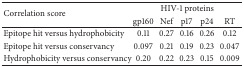
<table><thead><tr><td rowspan="2"><b>Correlation score</b></td><td colspan="5"><b>HIV-1 proteins</b></td></tr><tr><td><b>gp160</b></td><td><b>Nef</b></td><td><b>p17</b></td><td><b>p24</b></td><td><b>RT</b></td></tr></thead><tbody><tr><td>Epitope hit versus hydrophobicity </td><td>0.11</td><td>0.27</td><td>0.16</td><td>0.26</td><td>0.12</td></tr><tr><td>Epitope hit versus conservancy </td><td>0.097</td><td>0.21</td><td>0.19</td><td>0.23</td><td>0.047</td></tr><tr><td>Hydrophobicity versus conservancy</td><td>0.20</td><td>0.22</td><td>0.23</td><td>0.15</td><td>0.009</td></tr></tbody></table>